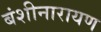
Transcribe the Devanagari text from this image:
बंशीनारायण